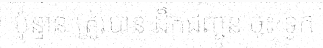
ប៉ុន្មាន ត្រូវបាន ដឹកជញ្ជូន ចុះ ទូក